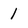
Character: 1